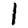
Digit: 1